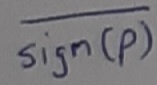
Text: Sign(p)